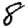
Digit: 8